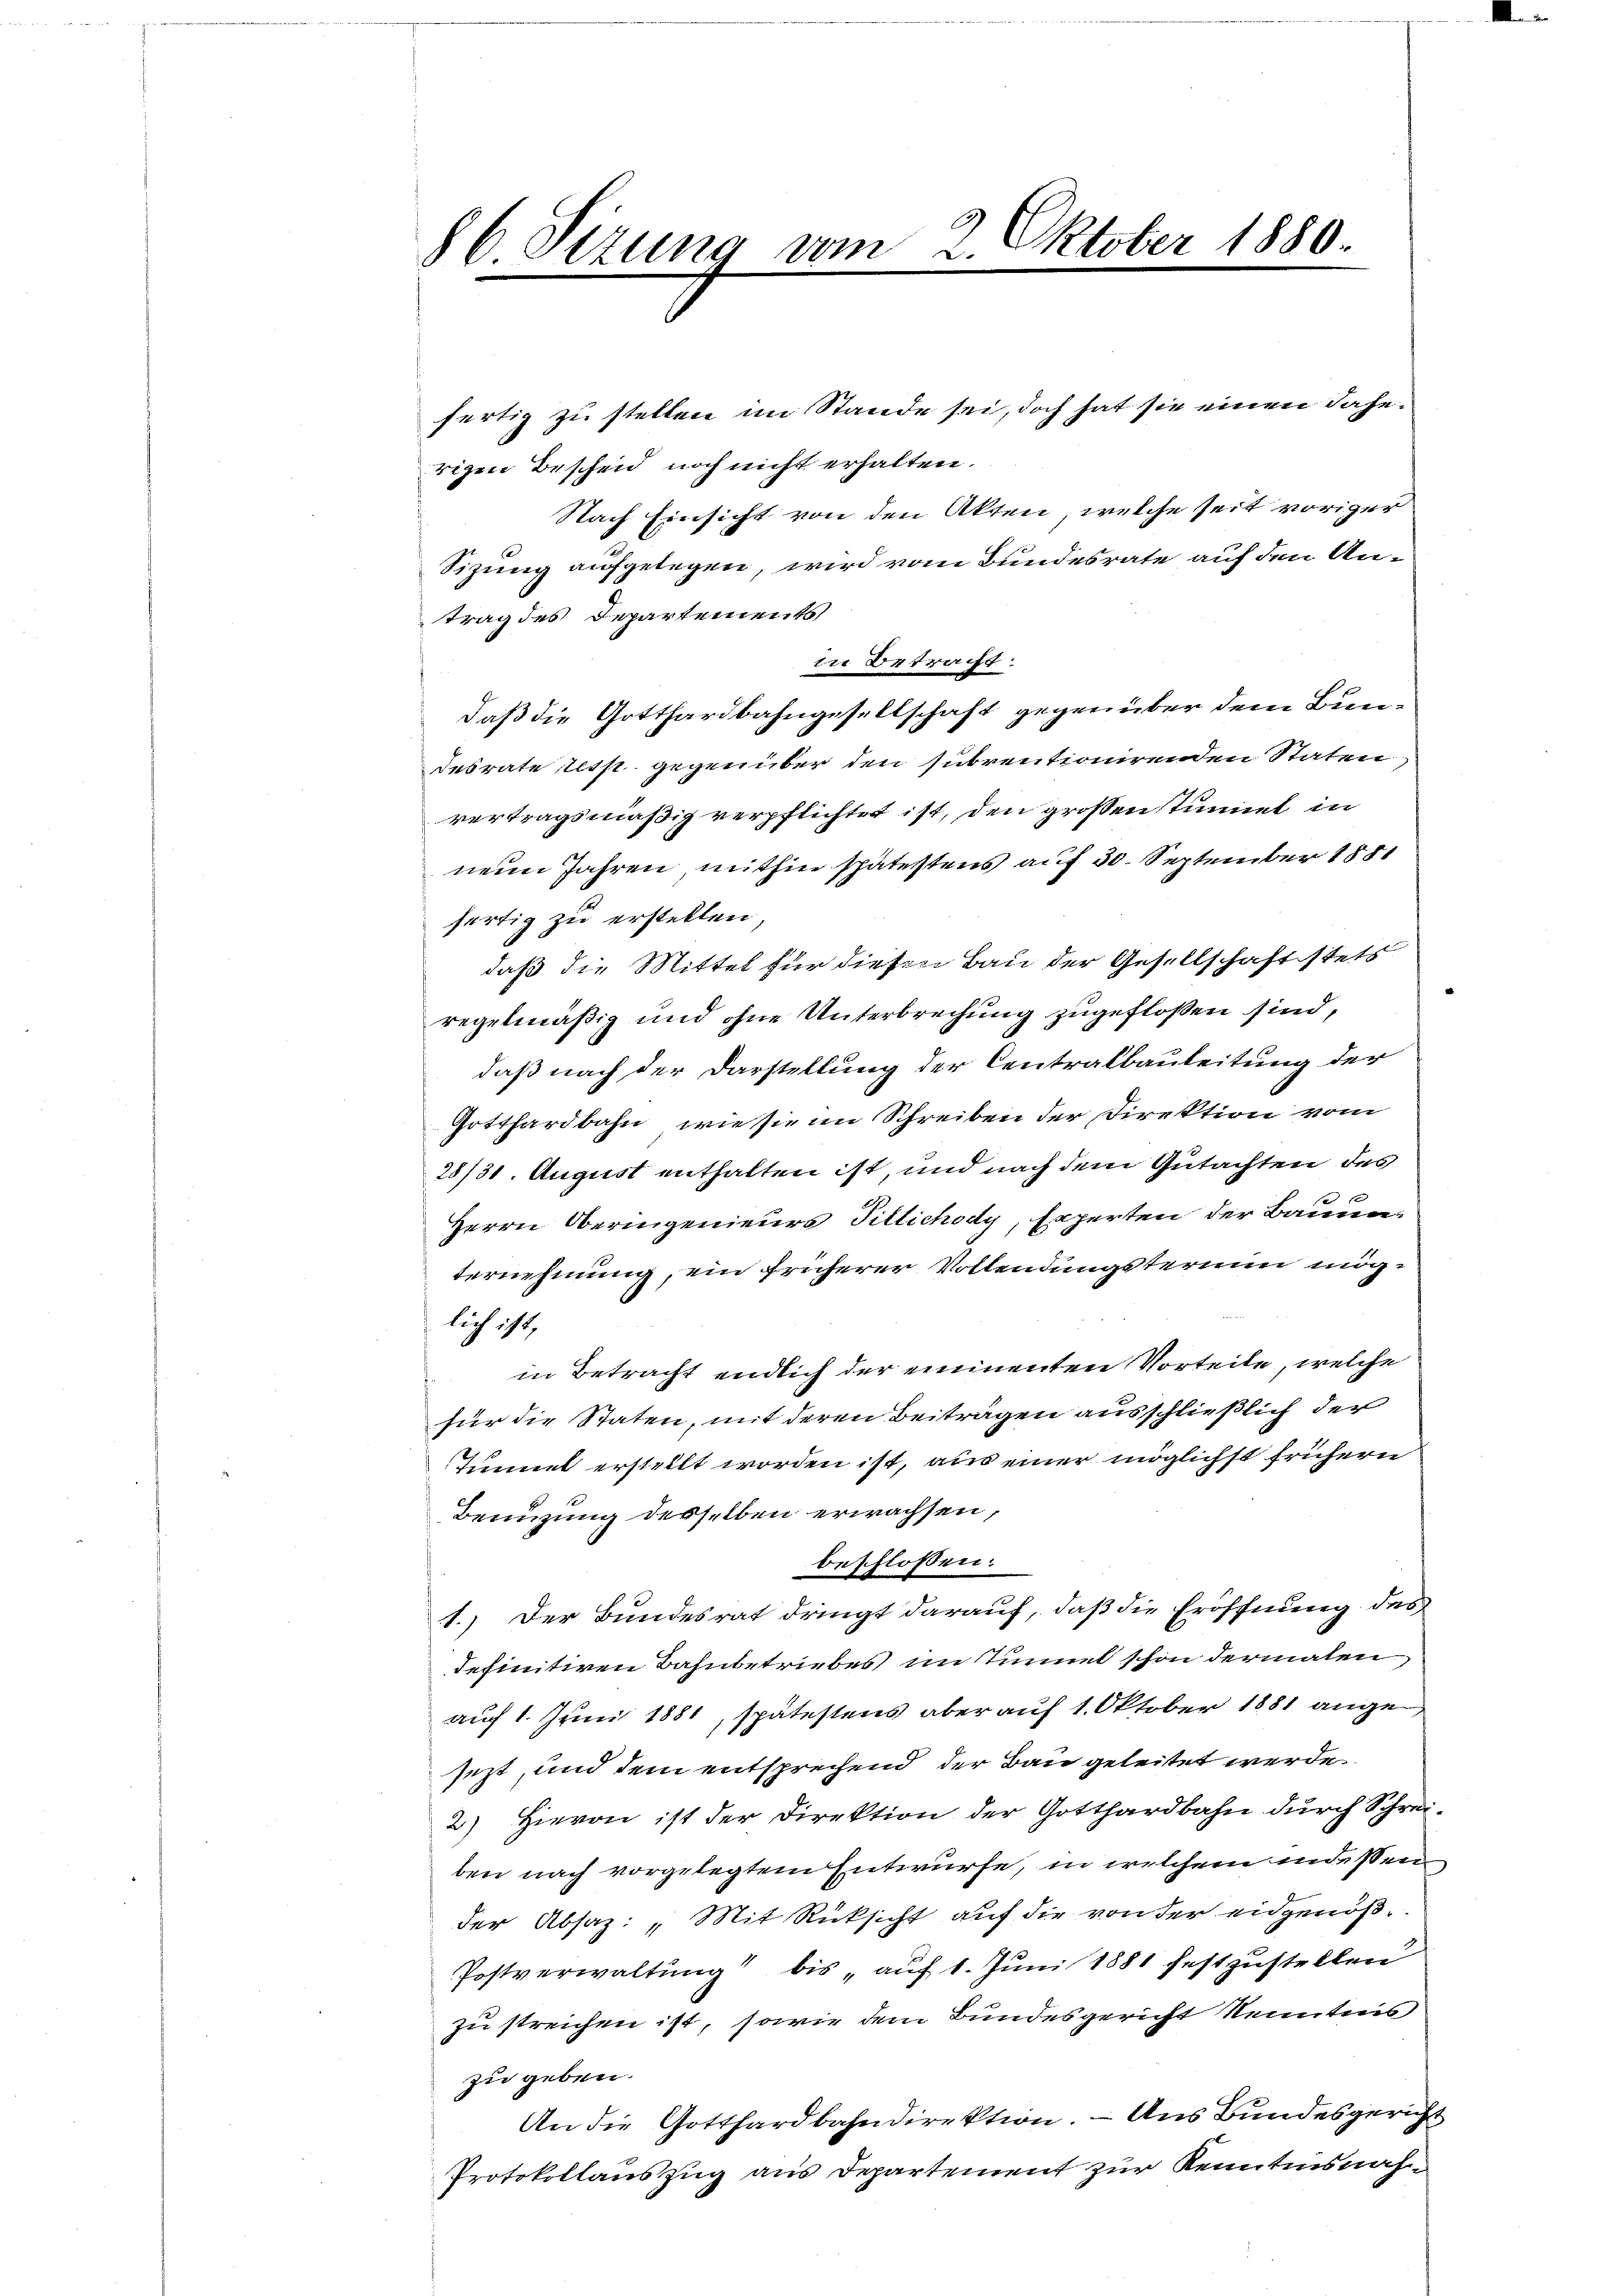
86 Sizung vom 2. Oktober 1880.

fertig zu stellen im Stande sei, doch hat sie einen daherigen Bescheid noch nicht erhalten.
Nach Einsicht von den Akten, welche seit voriger
Sizung aufgelegen, wird vom Bundesrate auf den Antrag des Departements
in Betracht:
daß die Gotthardbahngesellschaft gegenüber dem Bundesrate resp. gegenüber den subventionirenden Staten
vertragsmäßig verpflichtet ist, den großen stimmt in
neun Jahren, mithin spätestens auf 30. September 1881
fertig zu erstellen
daß die Mittel für diesen Bau der Gesellschaft stets
regelmäßig und ohne Unterbrechung zugefloßen sind,
daß nach der Darstellung der Centralbauleitung der
Gotthardbahn, wie sie im Schreiben der Direktion vom
28/31. August enthalten ist, und nach dem Gutachten des
t
Herrn Oberingenieurs Tillichody, Experten der Bauma-
ternehmung, ein früherer Vollendungsterium möglich ist,
in Betracht endlich der einenten Vorteile, welche
für die Staten, mit deren Beiträgen ausschließlich der
Tunnet erstellt worden ist, aus einer möglichst frühern
Benuzung desselben erwachsen,
beschlossen:
1.) Der Bundesrat dringt darauf, daß die Eröffnung des
definitiven Bahnbetriebes im Tunnel schon dermalen,
auch 1. Juni 1881, spätestens aber auf 1. Oktober 1881 angesezt, und dem entsprechend der Bau geleitet werde.
2) Hievon ist der Direktion der Gotthardbahn durch Schreiben nach vorgelegtem Entwurfe, in welchem indessen
der Absaz: „Mit Rücksicht auf die von der eidgenöß¬
Postverwaltung bis auf 1. Juni 1881 festzustellen
zu streichen ist, sowie dem Bundesgericht kenntnis
zu geben.
An die Gotthardbahndirektion. — Aus Bundesgericht
Protokollauszug aus Departement zur Kenntnisnah